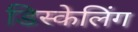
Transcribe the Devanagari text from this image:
डिस्केलिंग